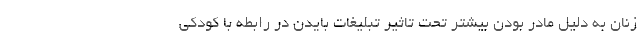
زنان به دلیل مادر بودن بیشتر تحت تاثیر تبلیغات بایدن در رابطه با کودکی